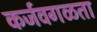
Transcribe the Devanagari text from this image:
कर्जवगळता